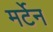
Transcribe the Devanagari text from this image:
मर्टेन